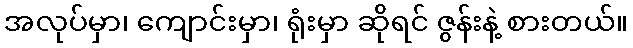
အလုပ်မှာ၊ ကျောင်းမှာ၊ ရုံးမှာ ဆိုရင် ဇွန်းနဲ့ စားတယ်။